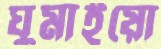
ঘুমাইয়ো